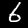
Digit: 6